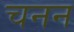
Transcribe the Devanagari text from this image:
चनन